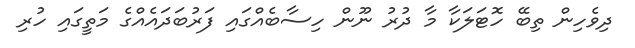
ދިވެހިން ތިބޭ ހޮޓަލަކާ މާ ދުރު ނޫން ހިސާބެއްގައި ފަރުބަދައެއްގެ މަތީގައި ހުރި